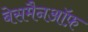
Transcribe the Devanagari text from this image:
बेसमैनऑफ़